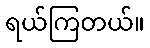
ရယ်ကြတယ်။